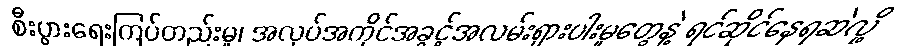
စီးပွားရေးကြပ်တည်းမှု၊ အလုပ်အကိုင်အခွင့်အလမ်းရှားပါးမှုတွေနဲ့ ရင်ဆိုင်နေရဆဲလို့